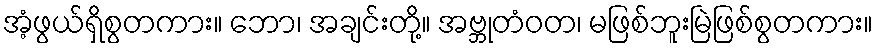
အံ့ဖွယ်ရှိစွတကား။ ဘော၊ အချင်းတို့။ အဗ္ဘုတံဝတ၊ မဖြစ်ဘူးမြဲဖြစ်စွတကား။